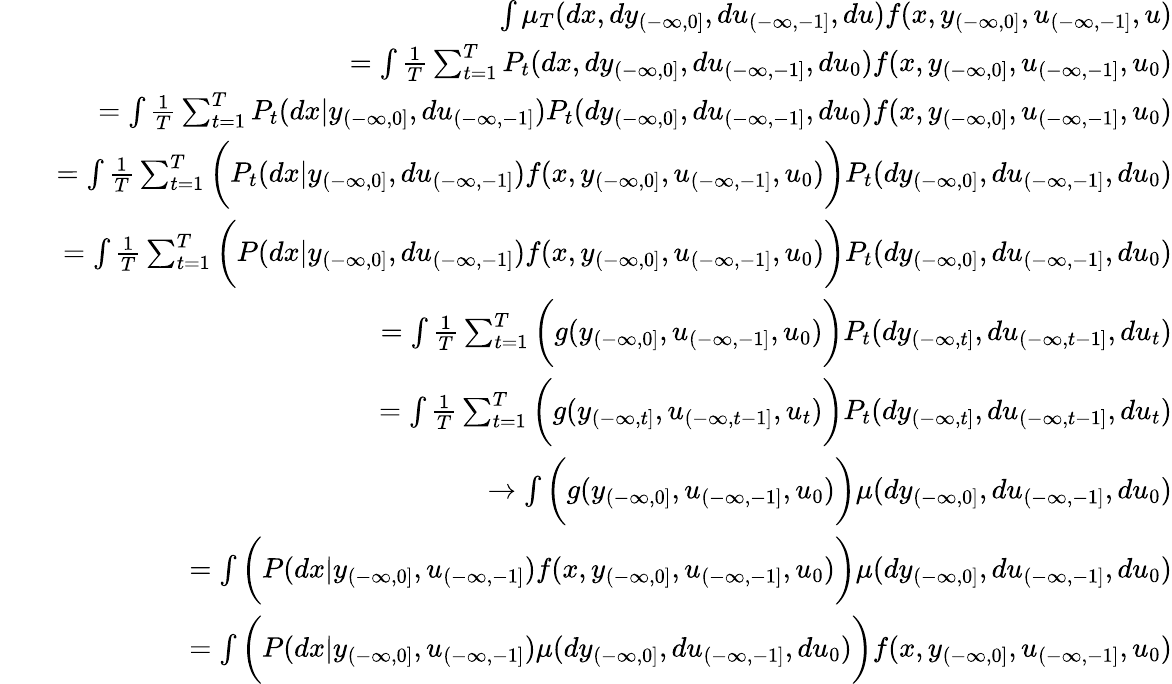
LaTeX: \begin{array}{rlr}&{}&{\int\mu_{T}(dx,dy_{(-\infty,0]},du_{(-\infty,-1]},du)f(x,y_{(-\infty,0]},u_{(-\infty,-1]},u)}\\ &{}&{=\int{\frac{1}{T}}\sum_{t=1}^{T}P_{t}(dx,dy_{(-\infty,0]},du_{(-\infty,-1]},du_{0})f(x,y_{(-\infty,0]},u_{(-\infty,-1]},u_{0})}\\ &{}&{=\int{\frac{1}{T}}\sum_{t=1}^{T}P_{t}(dx|y_{(-\infty,0]},du_{(-\infty,-1]})P_{t}(dy_{(-\infty,0]},du_{(-\infty,-1]},du_{0})f(x,y_{(-\infty,0]},u_{(-\infty,-1]},u_{0})}\\ &{}&{=\int{\frac{1}{T}}\sum_{t=1}^{T}\bigg(P_{t}(dx|y_{(-\infty,0]},du_{(-\infty,-1]})f(x,y_{(-\infty,0]},u_{(-\infty,-1]},u_{0})\bigg)P_{t}(dy_{(-\infty,0]},du_{(-\infty,-1]},du_{0})}\\ &{}&{=\int{\frac{1}{T}}\sum_{t=1}^{T}\bigg(P(dx|y_{(-\infty,0]},du_{(-\infty,-1]})f(x,y_{(-\infty,0]},u_{(-\infty,-1]},u_{0})\bigg)P_{t}(dy_{(-\infty,0]},du_{(-\infty,-1]},du_{0})}\\ &{}&{=\int{\frac{1}{T}}\sum_{t=1}^{T}\bigg(g(y_{(-\infty,0]},u_{(-\infty,-1]},u_{0})\bigg)P_{t}(dy_{(-\infty,t]},du_{(-\infty,t-1]},du_{t})}\\ &{}&{=\int{\frac{1}{T}}\sum_{t=1}^{T}\bigg(g(y_{(-\infty,t]},u_{(-\infty,t-1]},u_{t})\bigg)P_{t}(dy_{(-\infty,t]},du_{(-\infty,t-1]},du_{t})}\\ &{}&{\to\int\bigg(g(y_{(-\infty,0]},u_{(-\infty,-1]},u_{0})\bigg)\mu(dy_{(-\infty,0]},du_{(-\infty,-1]},du_{0})}\\ &{}&{=\int\bigg(P(dx|y_{(-\infty,0]},u_{(-\infty,-1]})f(x,y_{(-\infty,0]},u_{(-\infty,-1]},u_{0})\bigg)\mu(dy_{(-\infty,0]},du_{(-\infty,-1]},du_{0})}\\ &{}&{=\int\bigg(P(dx|y_{(-\infty,0]},u_{(-\infty,-1]})\mu(dy_{(-\infty,0]},du_{(-\infty,-1]},du_{0})\bigg)f(x,y_{(-\infty,0]},u_{(-\infty,-1]},u_{0})}\end{array}